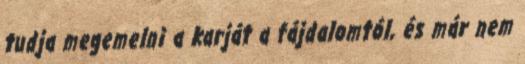
tudja megemelni a karját a fájdalomtól, és már nem